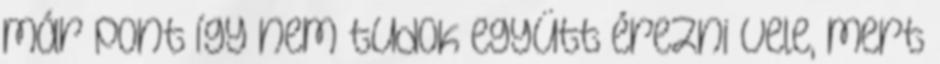
már pont így nem tudok együtt érezni vele, mert